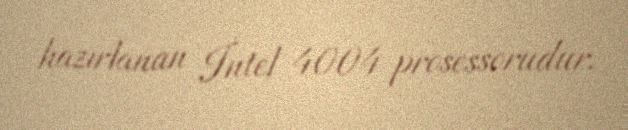
hazırlanan İntel 4004 prosessorudur.